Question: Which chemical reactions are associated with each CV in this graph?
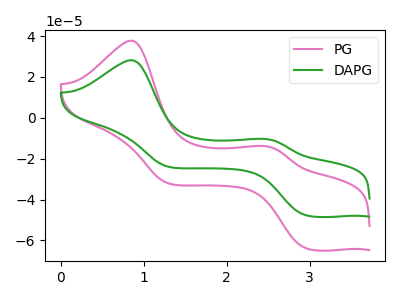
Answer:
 <answer>The pink curve is labeled "PG". The green curve is labeled "DAPG".</answer>
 <eval></eval>